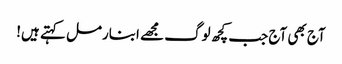
آج بھی آج جب کچھ لوگ مجھے ابنارمل کہتے ہیں!